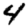
Digit: 4